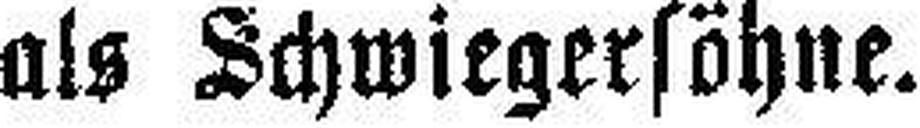
als Schwiegersöhne.